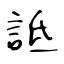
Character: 詆